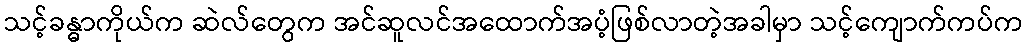
သင့်ခန္ဓာကိုယ်က ဆဲလ်တွေက အင်ဆူလင်အထောက်အပံ့ဖြစ်လာတဲ့အခါမှာ သင့်ကျောက်ကပ်က